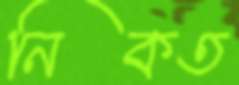
নিকত